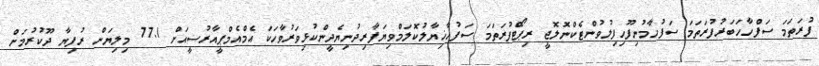
ފުރަތަމަ ސަފްހާހަބަރުފުރަތަމަ ސަފުހާމުނިފޫހިފިލުވުންޓެކްނޮލޮޖީ ރިޕޯޓްފުރަތަމަ ސަފުހާޚިޔާލުކޮލަމްވިޔަފާރިދުނިޔެދީންކުޅިވަރުވާހަކަ އެމްއެމްޕީއާރުސީއަށް 77.1 މިލިޔަން ރުފިޔާ ދޫކުރުމަށް